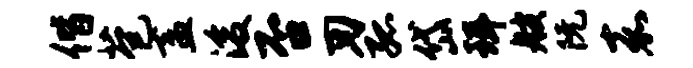
偕苞盍浚否刃孤岱珥艘阮嘉